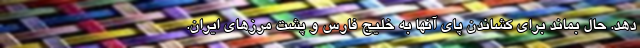
دهد. حال بماند برای کشاندن پای آنها به خلیج فارس و پشت مرزهای ایران.